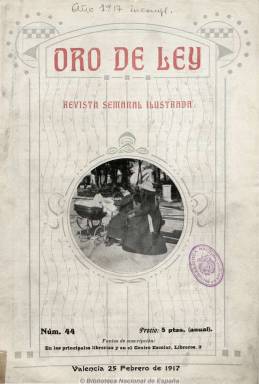
Título: Oro de ley
Colección: Revistas de información general
Ámbito geográfico: Valencia
Lugar de publicación: Valencia
Fechas: 25/02/1917-30/04/1927

Revista semanal ilustrada que publican los jesuitas en Valencia a través del Centro Escolar y Mercantil, desde 1916 hasta su supresión en 1931. Ofrece información sobre las actividades religiosas, sociales y literarias promovidas a través de este centro y otras academias de carácter católico y sus congregaciones, en concreto la de la Inmaculada Virgen Maria y San Luis Gonzaga, y las conferencias que los religiosos ofrecían en las mismas, los ejercicios espirituales, etc. Tiene una sección de actualidades gráficas de la semana. Publica noticias, ecos de sociedad, biografías, bibliografía, necrológicas, pasatiempos, y páginas de creación literaria tanto en prosa como en verso. Inserta también anuncios publicitarios. Asimismo da cabida a artículos y crónicas sobre los acontecimientos políticos y sociales de la época, y en ella se defiende la actividad e ideario de la Asociación de Estudiantes Católicos, la Confederación Nacional Católica-Agraria, el Sindicato de la Aguja o al partido carlista. Inserta abundante material gráfico.